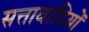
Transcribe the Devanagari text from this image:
सत्तावादियों